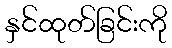
နှင်ထုတ်ခြင်းကို